Elephants and their diseases
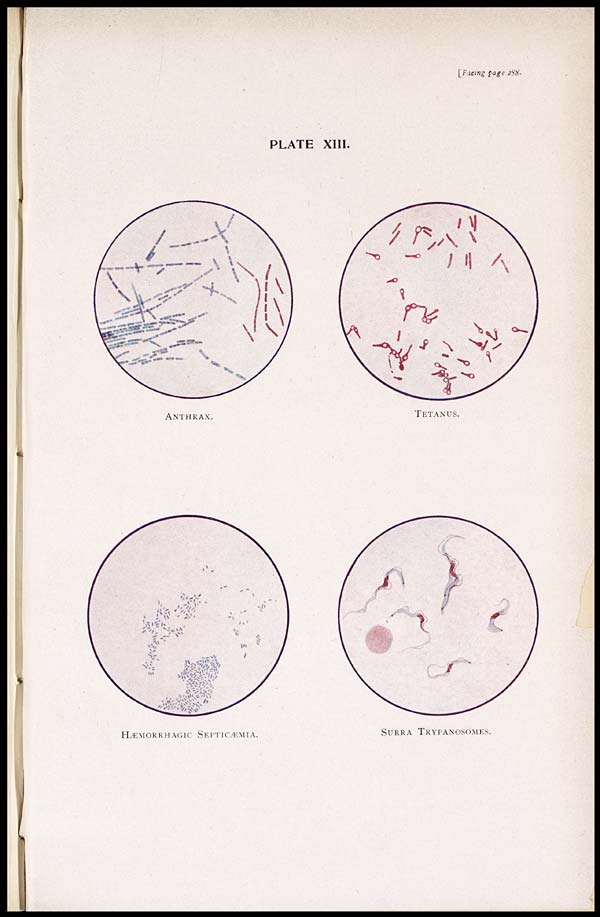
[Facing page 288.
PLATE XIII.
ANTHRAX.
TETANUS.
HÆMORRHAGIC SEPTICÆMIA.
SURRA TRYPANOSOMES.